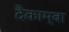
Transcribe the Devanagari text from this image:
दैकाम्बा